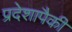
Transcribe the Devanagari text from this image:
प्रदेशापैकी